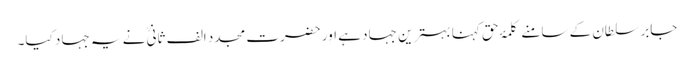
جابر سلطان کے سامنے کلمۂ حق کہنا بہترین جہاد ہے اور حضرت مجدد الف ثانیؒ نے یہ جہاد کیا۔